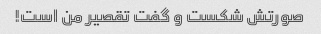
صورتش شکست و گفت تقصیر من است!